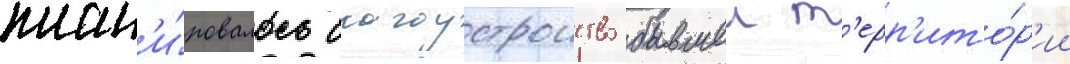
план'и́ровалось благоустроиство бывшеи т'ерр'ито́р'ии